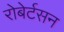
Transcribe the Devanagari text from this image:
रोबेर्टसन